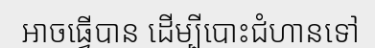
អាចធ្វើបាន ដើម្បីបោះជំហានទៅ